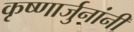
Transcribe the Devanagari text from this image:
कृष्णार्जुनांनी